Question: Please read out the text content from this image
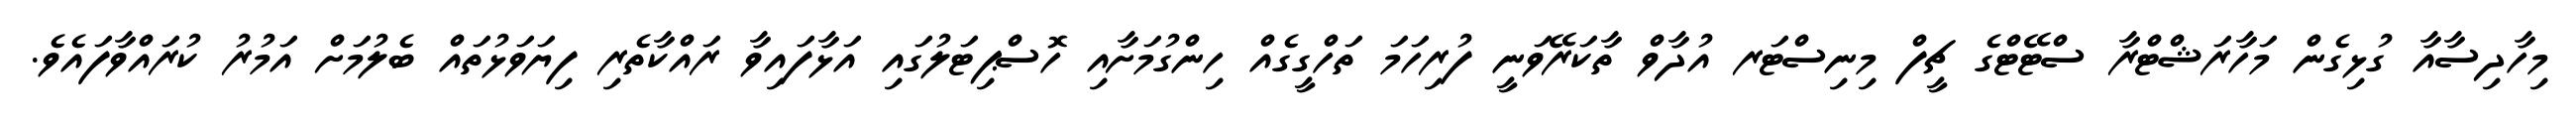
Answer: މިހާދިސާއާ ގުޅިގެން މަހާރަޝްޓްރާ ސްޓޭޓްގެ ޗީފް މިނިސްޓަރ އުދާވް ތާކަރޭވަނީ ފުރިހަމަ ތަހްގީގެއް ހިންގުމަށާއި ހޮސްޕިޓަލުގައި އަޅާފައިވާ ރައްކާތެރި ފިޔަވަޅުތައް ބެލުމަށް އަމުރު ކުރައްވާފައެވެ.